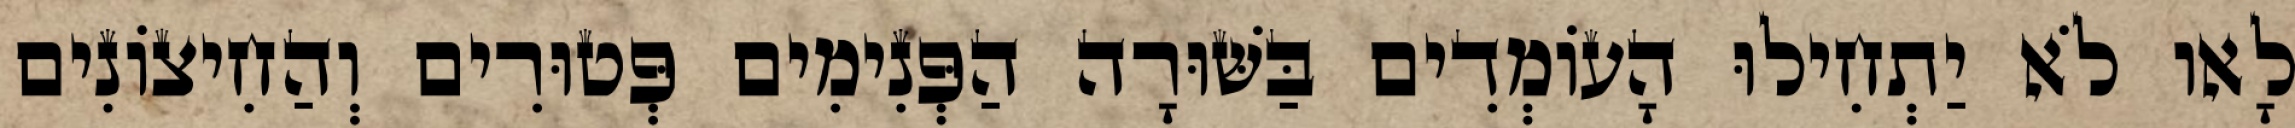
לָאו לֹא יַתְחִילוּ הָעוֹמְדִים בַּשּׁוּרָה הַפְּנִימִים פְּטוּרִים וְהַחִיצוֹנִים